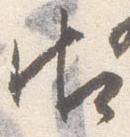
御